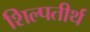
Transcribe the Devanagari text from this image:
शिल्पतीर्थ